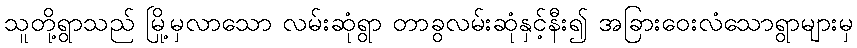
သူတို့ရွာသည် မြို့မှလာသော လမ်းဆုံရွာ တာခွလမ်းဆုံနှင့်နီး၍ အခြားဝေးလံသောရွာများမှ